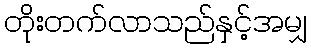
တိုးတက်လာသည်နှင့်အမျှ